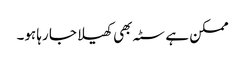
ممکن ہے سٹہ بھی کھیلا جا رہا ہو۔